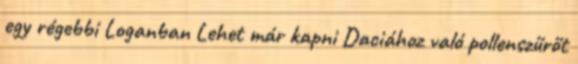
egy régebbi Loganban Lehet már kapni Daciához való pollenszűrőt